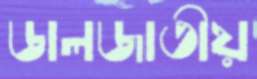
ডালজাতীয়